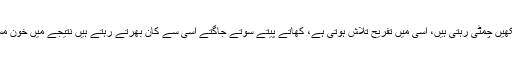
اور اب سیاسی کنجر خانے سے آنکھیں چمٹی رہتی ہیں، اسی میں تفریح تلاش ہوتی ہے، کھاتے پیتے سوتے جاگتے اسی سے کان بھرتے رہتے ہیں نتیجے میں خون مسلسل دھیمی آنچ پر کھولتا رہتا ہے۔